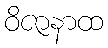
ဝိဇာနာထ